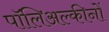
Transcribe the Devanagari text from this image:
पॉलिअल्कीनों